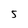
Character: 5